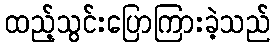
ထည့်သွင်းပြောကြားခဲ့သည်